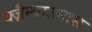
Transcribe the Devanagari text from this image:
क्ज़ैन्थाउसास